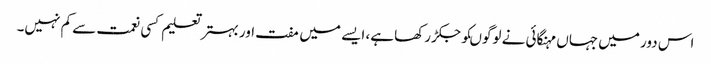
اس دور میں جہاں مہنگائی نے لوگوںکو جکڑ رکھا ہے، ایسے میں مفت اور بہتر تعلیم کسی نعمت سے کم نہیں۔